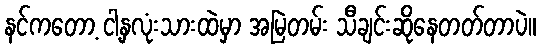
နင်ကတော့ ငါ့နှလုံးသားထဲမှာ အမြဲတမ်း သီချင်းဆိုနေတတ်တာပဲ။